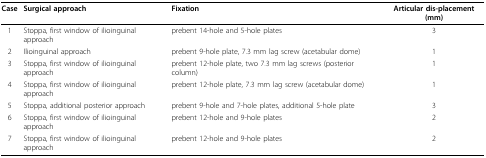
| Case | Surgical approach | Fixation | Articular dis-placement (mm) |
 | --- | --- | --- | --- |
 | 1 | Stoppa, first window of ilioinguinal approach | prebent 14-hole and 5-hole plates | 3 |
 | 2 | Ilioinguinal approach | prebent 9-hole plate, 7.3 mm lag screw (acetabular dome) | 1 |
 | 3 | Stoppa, first window of ilioinguinal approach | prebent 12-hole plate, two 7.3 mm lag screws (posterior column) | 1 |
 | 4 | Stoppa, first window of ilioinguinal approach | prebent 12-hole plate, 7.3 mm lag screw (acetabular dome) | 1 |
 | 5 | Stoppa, additional posterior approach | prebent 9-hole and 7-hole plates, additional 5-hole plate | 3 |
 | 6 | Stoppa, first window of ilioinguinal approach | prebent 12-hole and 9-hole plates | 2 |
 | 7 | Stoppa, first window of ilioinguinal approach | prebent 12-hole and 9-hole plates | 2 |